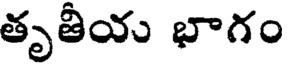
తృతీయ భాగం